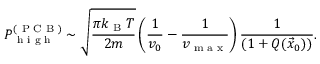
P _ { \textrm { h i g h } } ^ { ( \textrm { P C B } ) } \sim \sqrt { \frac { \pi k _ { \textrm { B } } T } { 2 m } } \left( \frac { 1 } { v _ { 0 } } - \frac { 1 } { v _ { \textrm { m a x } } } \right) \frac { 1 } { \left( 1 + Q ( \vec { x } _ { 0 } ) \right) } .